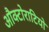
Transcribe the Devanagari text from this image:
औक्टोराटियो